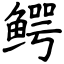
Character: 鳄